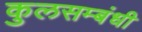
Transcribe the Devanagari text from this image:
कुलसम्बंधी